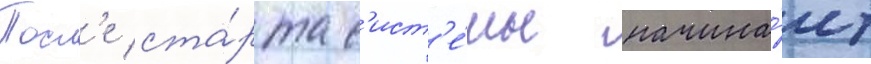
Посл'е ста́рта с'ист'е́мы начина́ет